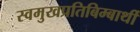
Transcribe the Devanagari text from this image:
स्वमुखप्रतिबिम्बार्थी